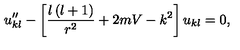
u _ { k l } ^ { \prime \prime } - \left[ \frac { l \left( l + 1 \right) } { r ^ { 2 } } + 2 m V - k ^ { 2 } \right] u _ { k l } = 0 ,